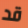
قد